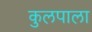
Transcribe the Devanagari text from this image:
कुलपाला